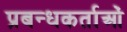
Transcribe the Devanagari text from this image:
प्रबन्धकर्ताओं